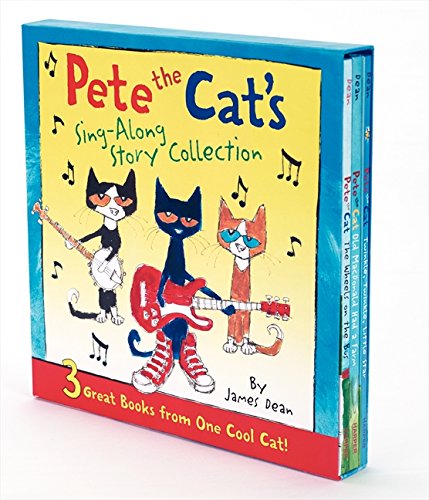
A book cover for Pete the Cat's Sing-Along Story Collection: 3 Great Books from One Cool Cat; James Dean; Children's Books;